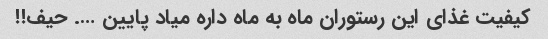
کیفیت غذاى این رستوران ماه به ماه داره میاد پایین …. حیف!!